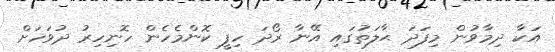
އަކާ ދިމާވުން މިފަދަ ޙާލަތުގައި އޭނާ ރޯދަ ހިފީ ކޮންމެހެން ހޮނިހިރު ދުވަހަށް